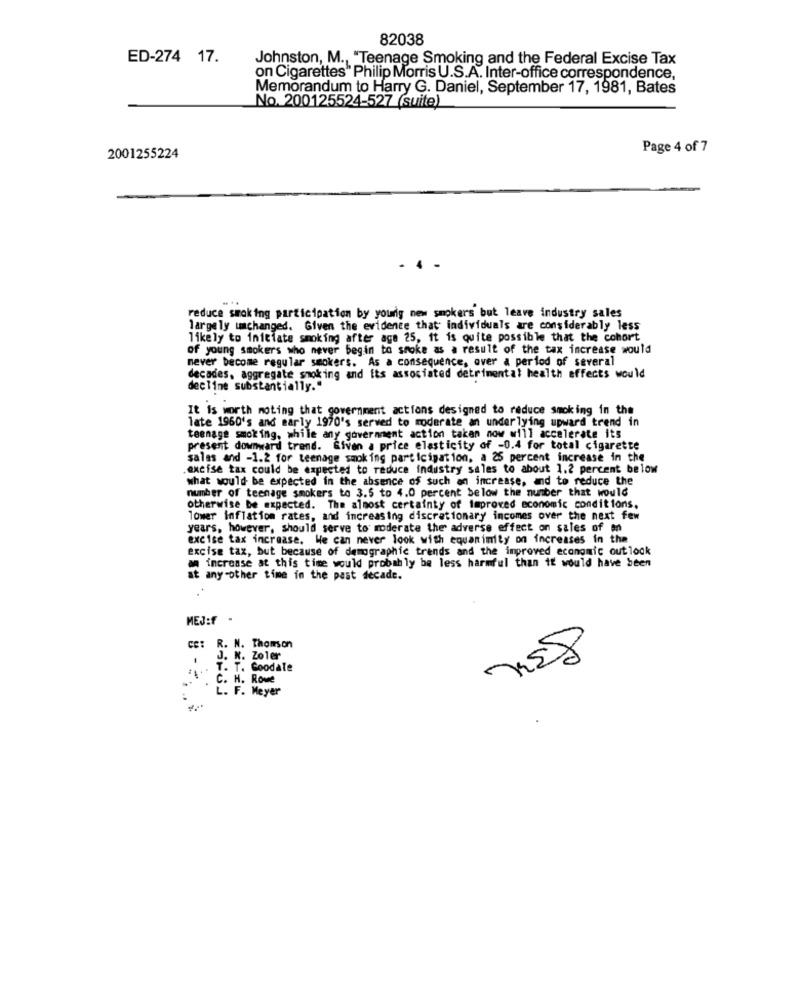
82038
ED-274 17.
Johnston, M ., "Teenage Smoking and the Federal Excise Tax
on Cigarettes" Philip Morris U.S.A. Inter-office correspondence,
Memorandum to Harry G. Daniel, September 17, 1981, Bates
No. 200125524-527 (suite)
Page 4 of 7
2001255224
reduce smoking participation by yourig new smokers but leare industry sales
largely unchanged. Given the evidence that individuals are considerably less
likely to initiate smoking after age 25, it is quite possible that the cohort
of young smokers who never begin to smoke as a result of the tax increase would
never become regular smokers. As a consequence, over a period of several
decades, aggregate smoking and its associated detrimental health effects would
decline substantially."
It is worth moting that government actions designed to reduce smoking in the
late 1960's and early 1970's served to moderate an underlying upward trend in
teenage smoking, while any goverment action taken now will accelerate its
present downward trend. Given a price elasticity of -0.4 for total cigarette
salas and -1.2 for teenage smoking participation, a 25 percent increase in the
excise tax could be expected to reduce industry sales to about 1.2 percent below
what would be expected in the absence of such an increase, and to reduce the
number of teenage smokers to 3.5 to 4.0 percent below the number that would
otherwise be expected. The almost certainty of improved economic conditions.
lower Inflation rates, and increasing discretionary incomes over the next few
years, however, should serve to moderate the adverse effect on sales of
excise tax increase. We can never look with equanimity on increases in the
excise tax, but because of demographic trends and the improved economic outlook
an increase at this time would probably be less harmful than it would have been
at any-other time in the past decade.
MEJ:f .
5
R. N. Thomson
.
J. K. Zoler
T. T. Goodale
C. H. Rove
L. F. Meyer